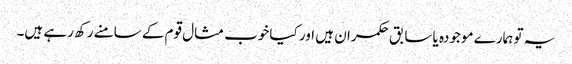
یہ تو ہمارے موجودہ یا سابق حکمران ہیں اور کیا خوب مثال قوم کے سامنے رکھ رہے ہیں۔